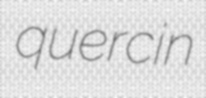
quercin